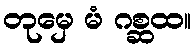
တုမှေ မံ ဂစ္ဆထ။